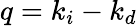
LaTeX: q=k_{i}-k_{d}